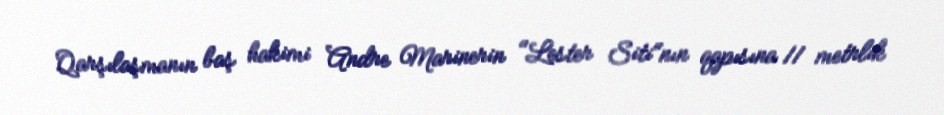
Qarşılaşmanın baş hakimi Andre Marinerin "Lester Siti"nın qapısına 11 metrlik